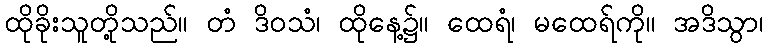
ထိုခိုးသူတို့သည်။ တံ ဒိဝသံ၊ ထိုနေ့၌။ ထေရံ၊ မထေရ်ကို။ အဒိသွာ၊